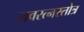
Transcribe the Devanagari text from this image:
नवरत्नस्तोत्र